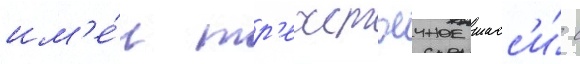
им'е́л тр'ехстоечное шасс'и́ с